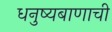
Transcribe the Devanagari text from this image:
धनुष्यबाणाची